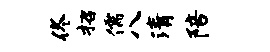
佟招儒八清陪